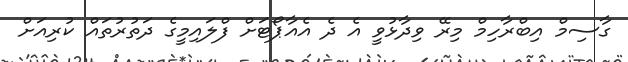
ގާސިމް އިބްރާހިމް މިރޭ ވިދާޅުވީ އެ ދެ އެއާޕޯޓަށް ފްލައިމީގެ ދަތުރުތައް ކުރިއަށް